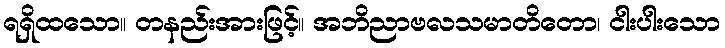
ရရှိထသော။ တနည်းအားဖြင့်။ အဘိညာဗလသမာတိတော၊ ငါးပါးသော